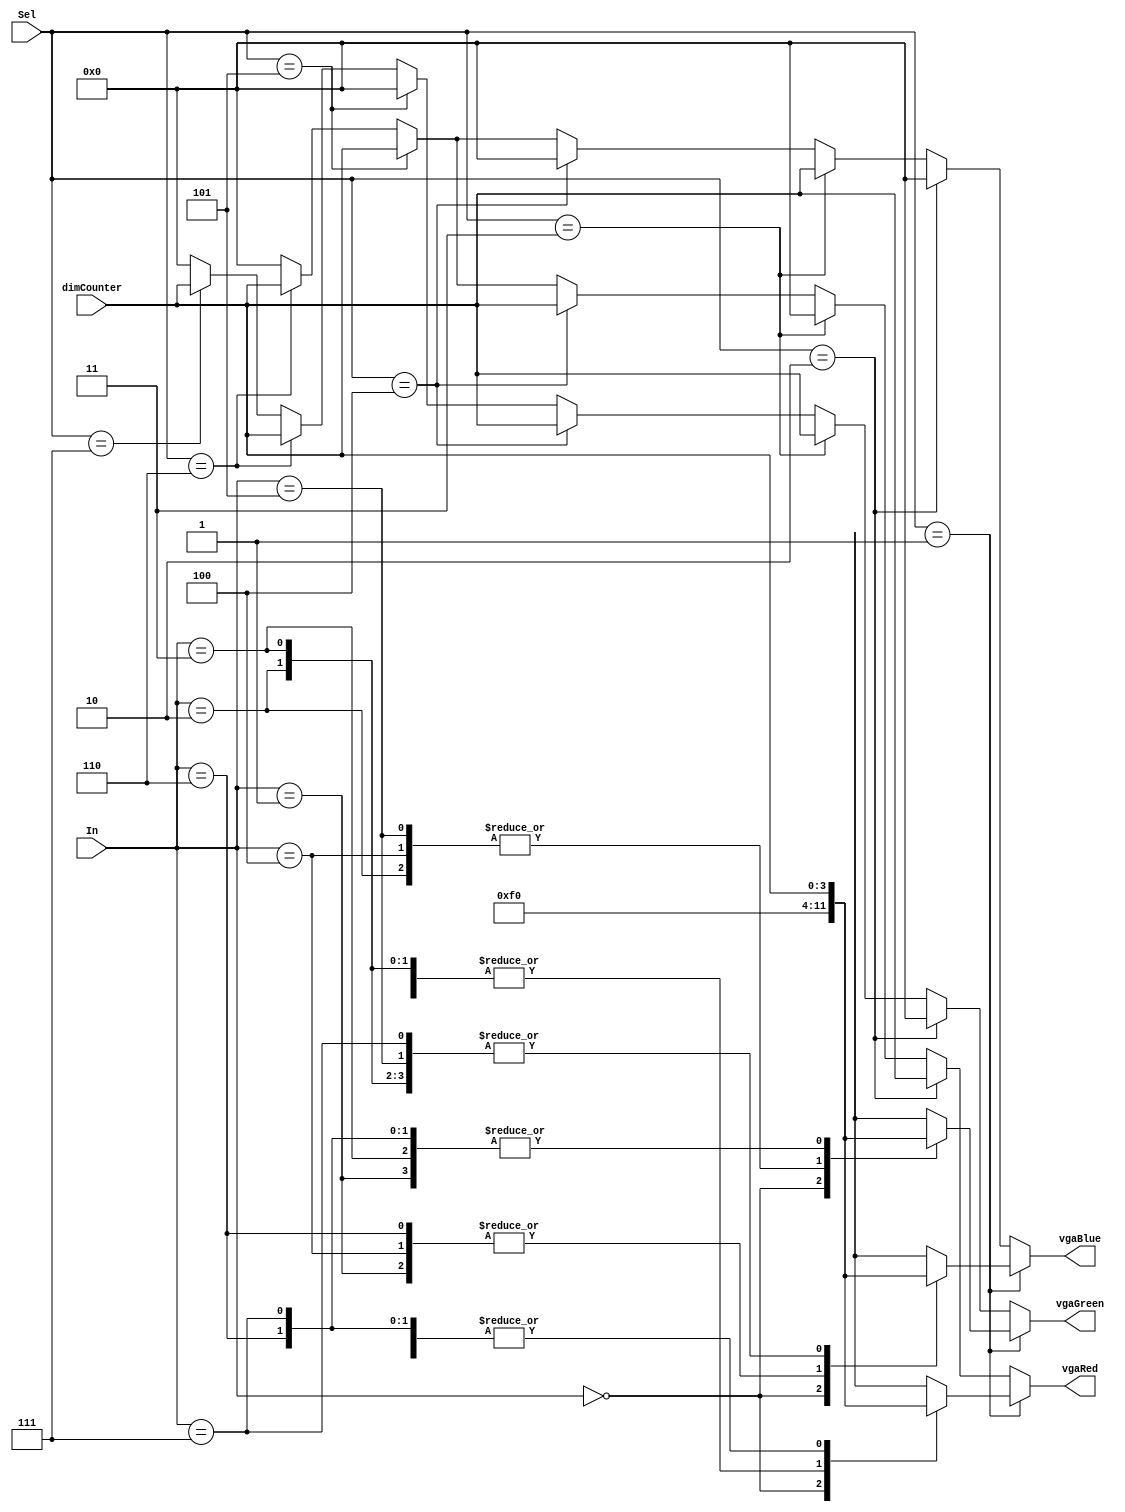
`timescale 1ns / 1ps
//////////////////////////////////////////////////////////////////////////////////
// Company: 
// Engineer: 
// 
// Design Name: 
// Module Name: Mux
// Project Name: 
// Target Devices: 
// Tool Versions: 
// Description: 
// 
// Dependencies: 
// 
// Revision:
// Revision 0.01 - File Created
// Additional Comments:
// 
//////////////////////////////////////////////////////////////////////////////////


module Mux(
    input [2:0] Sel, // 3 bits for crosshairs and 4 quadrants
    input [2:0] In, //cross hair color selection
    input [3:0] dimCounter, //0-16 brightness levels
    output reg [3:0] vgaRed,
    output reg [3:0] vgaGreen,
    output reg [3:0] vgaBlue
    );

    always@( dimCounter, Sel)
    begin
        //Cross Hairs
        if(Sel==1) 
        begin
            case(In)
                3'b000: //black
                begin
                    vgaRed<=4'b1111;
                    vgaGreen<=4'b1111;
                    vgaBlue<=4'b1111;                     
                end
                3'b001: //Green
                begin
                    vgaRed<=0;
                    vgaGreen<=dimCounter;
                    vgaBlue<=0;    
                end
                3'b010: //Blue
                begin
                    vgaRed<=0;
                    vgaGreen<=0;
                    vgaBlue<=dimCounter;        
                end
                3'b011: //Cyan
                begin
                    vgaRed<=0;
                    vgaGreen<=dimCounter;
                    vgaBlue<=dimCounter;                  
                end  
                3'b100: //Red
                begin
                    vgaRed<=dimCounter;
                    vgaGreen<=0;
                    vgaBlue<=0;   
                end
                3'b101: //Magenta
                begin
                    vgaRed<=dimCounter;
                    vgaGreen<=0;
                    vgaBlue<=dimCounter;   
                end
                3'b110: //Yellow
                begin
                    vgaRed<=dimCounter;
                    vgaGreen<=dimCounter;
                    vgaBlue<=0;    
                end                
                3'b111: //White
                begin
                    vgaRed<=dimCounter;
                    vgaGreen<=dimCounter;
                    vgaBlue<=dimCounter;   
                end                                                                
            endcase
        end
        //first block - red
        else if(Sel==2) 
        begin
            vgaRed<=dimCounter;
            vgaGreen<=0;
            vgaBlue<=0;   
        end
        //2nd block - cyan
        else if(Sel==3)
        begin
            vgaRed<=0;
            vgaGreen<=dimCounter;
            vgaBlue<=dimCounter;   
        end
        //3rd block -- yellow
        else if(Sel==4)
        begin
            vgaRed<=dimCounter;
            vgaGreen<=dimCounter;
            vgaBlue<=0;   
        end
        //4th block -- magenta
        else if(Sel==5)
        begin
            vgaRed<=dimCounter;
            vgaGreen<=0;
            vgaBlue<=dimCounter;   
        end
        //boarder/wall -- white
        else if(Sel==6)
        begin
            vgaRed<=dimCounter;
            vgaGreen<=dimCounter;
            vgaBlue<=dimCounter;   
        end
        else if(Sel==7)
        begin
            vgaRed<=0;
            vgaGreen<=dimCounter;
            vgaBlue<=0;   
        end

        else
        begin
            //Default to black pixels
            vgaRed<=4'b0000;
            vgaGreen<=4'b0000;
            vgaBlue<=4'b0000;
        end

    end
endmodule